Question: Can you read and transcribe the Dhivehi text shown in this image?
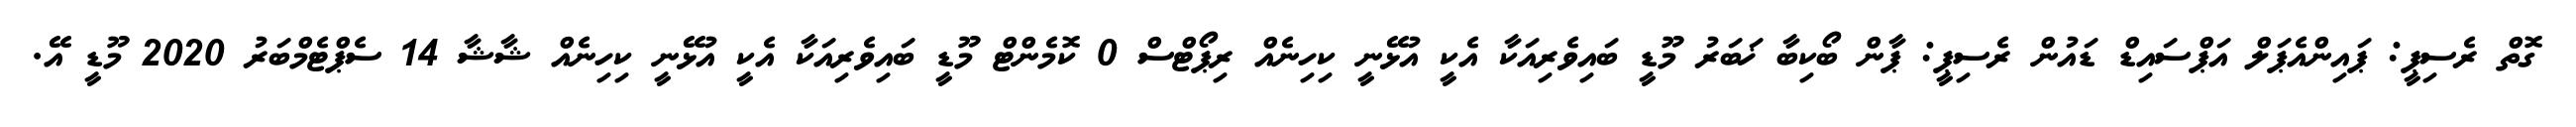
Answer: ގޮތް ރެސިޕީ: ޕައިންއެޕަލް އަޕްސައިޑް ޑައުން ރެސިޕީ: ޕާން ބޯކިބާ ޚަބަރު މޫޑީ ބައިވެރިއަކާ އެކީ އުޅޭނީ ކިހިނެއް ރިޕޯޓްސް 0 ކޮމެންޓް މޫޑީ ބައިވެރިއަކާ އެކީ އުޅޭނީ ކިހިނެއް ޝާޝާ 14 ސެޕްޓެމްބަރު 2020 މޫޑީ އޭ.